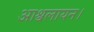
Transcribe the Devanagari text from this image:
आश्वलायन।